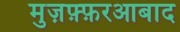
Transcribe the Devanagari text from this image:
मुज़फ़्फ़रआबाद